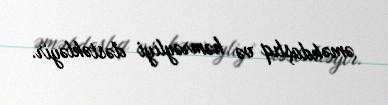
əməkdaşlıq və həmrəyliyi dəstəkləyir.